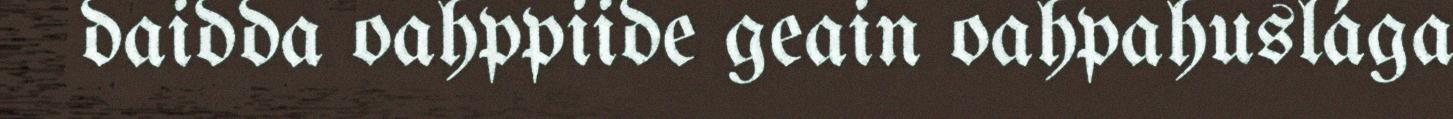
daidda oahppiide geain oahpahuslága